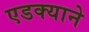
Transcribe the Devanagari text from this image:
एडक्याने